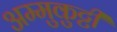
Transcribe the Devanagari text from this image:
अम्मुकुट्टी